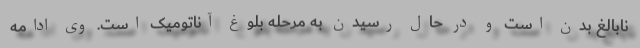
نابالغ بدن است و در حال رسیدن به مرحله بلوغ آناتومیک است. وی ادامه